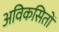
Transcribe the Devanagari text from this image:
अविकसितों